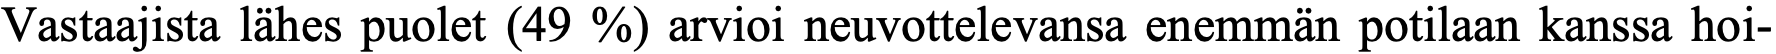
Vastaajista lähes puolet (49 %) arvioi neuvottelevansa enemmän potilaan kanssa hoi-